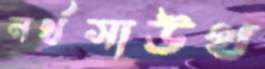
নর্থসাউথ